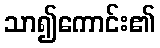
သာ၍ကောင်း၏